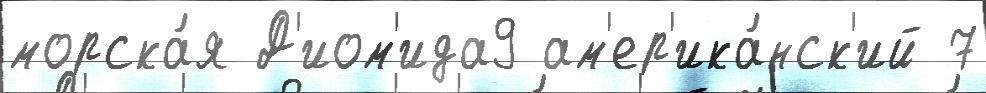
морска́я Д'иом'ида9 ам'ер'ика́нск'ий 7